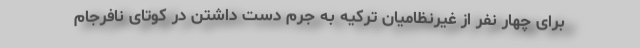
برای چهار نفر از غیرنظامیان ترکیه‌ به جرم دست داشتن در کوتای نافرجام